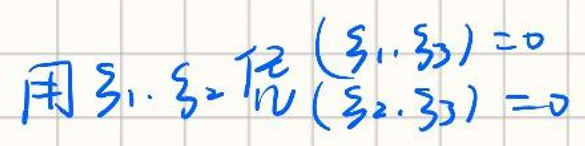
用\(3_1,3_2,\frac{1}{n}\)\\
\((3_1,3_2)=0\)\\
\((3_2,3_3)=0\)